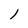
Character: 1